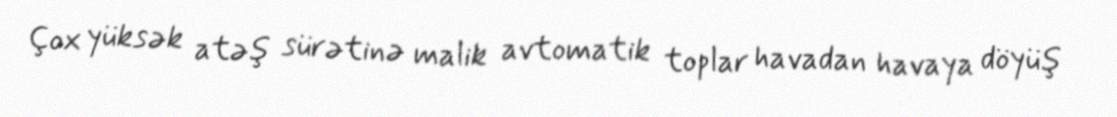
Çox yüksək atəş sürətinə malik avtomatik toplar havadan havaya döyüş